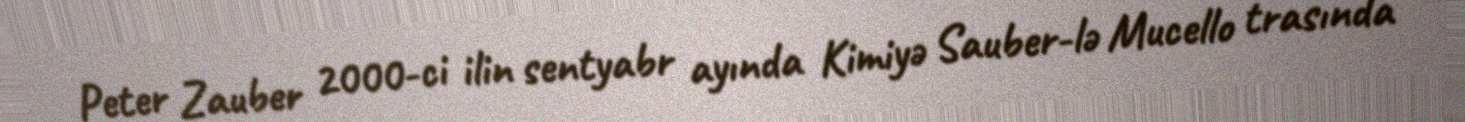
Peter Zauber 2000-ci ilin sentyabr ayında Kimiyə Sauber-lə Mucello trasında